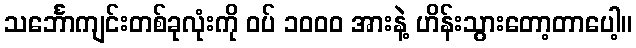
သင်္ဘောကျင်းတစ်ခုလုံးကို ဝပ် ၁၀၀၀ အားနဲ့ ဟိန်းသွားတော့တာပေါ့။